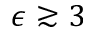
\epsilon \gtrsim 3